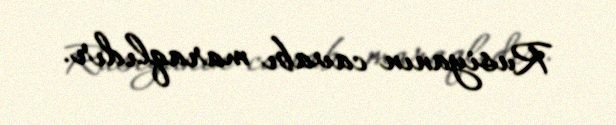
Rusiyanın cavabı maraqlıdır.